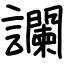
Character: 讕